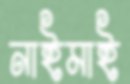
নাইমাই